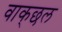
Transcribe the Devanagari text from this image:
वाक्‌छल